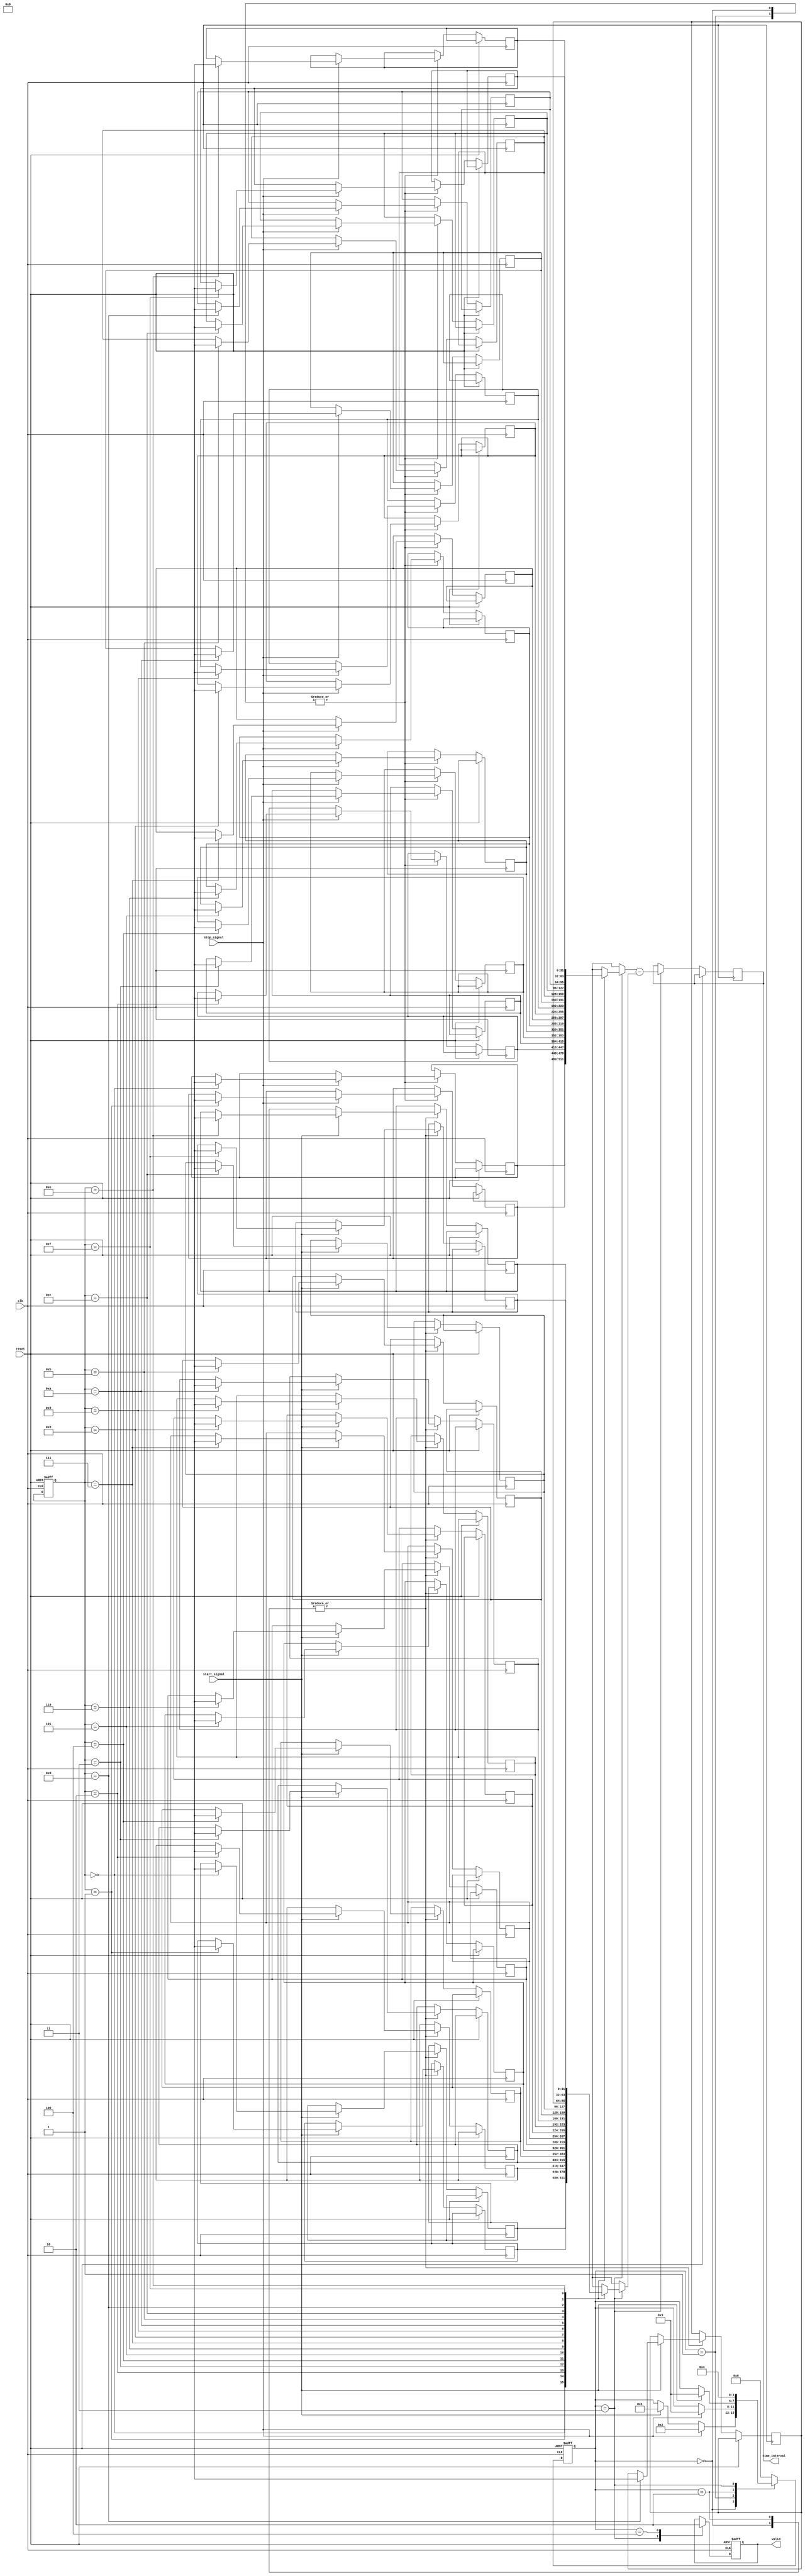
module tdc (
    input wire clk,               // High-frequency clock input (100 MHz or higher)
    input wire start_signal,      // Start pulse input
    input wire stop_signal,       // Stop pulse input
    input wire reset,             // Asynchronous reset signal
    output reg [31:0] time_interval,  // Output time interval
    output reg valid              // Indicates valid output data
);

// Memory to store timestamps
reg [31:0] start_time [0:15]; // Array to hold start timestamps (example for 16 channels)
reg [31:0] stop_time [0:15];  // Array to hold stop timestamps
reg [3:0] channel;             // Channel index
reg [3:0] state;               // State variable for FSM

// State enumeration
parameter IDLE = 0, CAPTURE_START = 1, CAPTURE_STOP = 2, CALCULATE = 3, OUTPUT = 4;

// Event detection
always @(posedge clk or posedge reset) begin
    if (reset) begin
        state <= IDLE;
        valid <= 0;
        channel <= 0;
    end else begin
        case (state)
            IDLE: begin
                if (start_signal) begin
                    start_time[channel] <= $time; // Capture start timestamp
                    state <= CAPTURE_START;
                end
                if (stop_signal) begin
                    stop_time[channel] <= $time; // Capture stop timestamp
                    state <= CAPTURE_STOP;
                end
            end
            
            CAPTURE_START: begin
                // Wait for stop signal or to go back to idle
                if (stop_signal) begin
                    stop_time[channel] <= $time; // Capture stop timestamp
                    state <= CALCULATE;
                end
            end
            
            CAPTURE_STOP: begin
                // Wait for next start signal or to go back to idle
                if (start_signal) begin
                    start_time[channel] <= $time; // Capture start timestamp
                    state <= CALCULATE;
                end
            end
            
            CALCULATE: begin
                time_interval <= stop_time[channel] - start_time[channel]; // Calculate interval
                valid <= 1; // Mark output valid
                state <= OUTPUT;
            end
            
            OUTPUT: begin
                // Output handling logic (e.g., sending data out)
                valid <= 0; // Reset valid signal
                state <= IDLE; // Return to idle
            end
            
            default: state <= IDLE; // Default to IDLE on unexpected state
        endcase
    end
end

endmodule